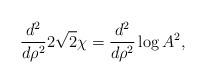
LaTeX: \begin{align*}\frac{d^2}{d\rho^2}2\sqrt{2}\chi = \frac{d^2}{d\rho^2} \log A^2 , \end{align*}